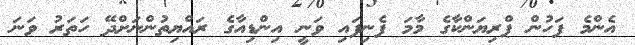
އެންމެ ފަހުން ޕްރިޔަންކާގެ މާމަ ފެނިފައި ވަނީ އިންޑިއާގެ ރައްޔިތުންނަށްދޭ ހަތަރު ވަނަ